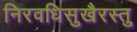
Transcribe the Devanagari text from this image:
निरवधिसुखैरस्तु